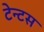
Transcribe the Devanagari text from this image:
टेन्टस